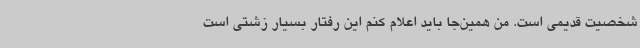
شخصیت قدیمی است. من همین‌جا باید اعلام کنم این رفتار بسیار زشتی است